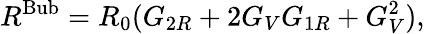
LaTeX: R^{\mathrm{Bub}}=R_{0}(G_{2R}+2G_{V}G_{1R}+G_{V}^{2}),